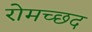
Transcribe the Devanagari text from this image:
रोमच्छद